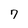
Character: 7